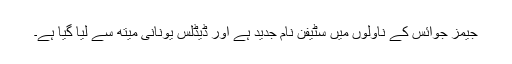
جیمز جوائس کے ناولوں میں سٹیفن نام جدید ہے اور ڈیڈلس یونانی میتھ سے لیا گیا ہے۔